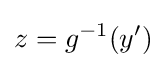
z=g^{-1}(y')